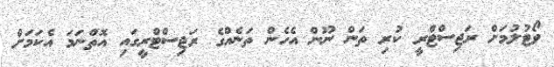
ވޯޓުލުމަށް ރަޖިސްޓްރީ ކުރި ތަން ނޫން އެހެން ތަނެއްގެ ރަޖިސްޓްރީގައި އޮތްނަމަ އެކަމަށް